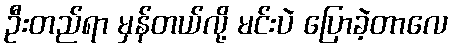
ဦးတည်ရာ မှန်တယ်လို့ မင်းပဲ ပြောခဲ့တာလေ